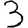
Digit: 3